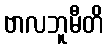
ဗာလဘူမီတိ